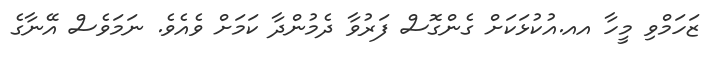
ޒަހަމްވި މީހާ އއ.އުކުޅަކަށް ގެންގޮސް ފަރުވާ ދެމުންދާ ކަމަށް ވެއެވެ. ނަމަވެސް އޭނާގެ